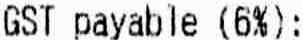
GST PAYABLE (6%):